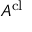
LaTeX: A ^ { \mathrm { c l } }